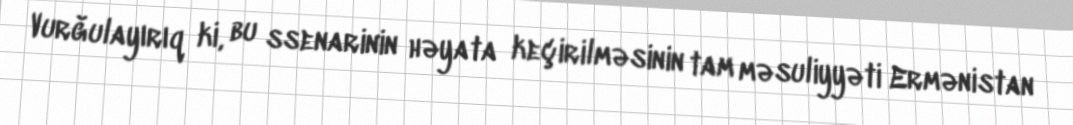
Vurğulayırıq ki, bu ssenarinin həyata keçirilməsinin tam məsuliyyəti Ermənistan